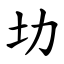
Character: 㘦